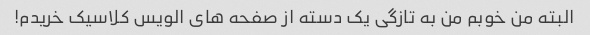
البته من خوبم من به تازگی یک دسته از صفحه های الویس کلاسیک خریدم!